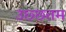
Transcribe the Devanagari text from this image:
उछ्छतम